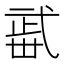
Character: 𣦏